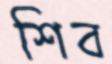
শিব